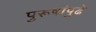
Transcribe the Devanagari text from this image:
पुरूषांपुढे